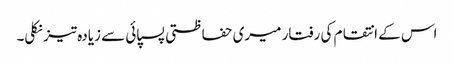
اس کے انتقام کی رفتار میری حفاظتی پسپائی سے زیادہ تیز نکلی۔